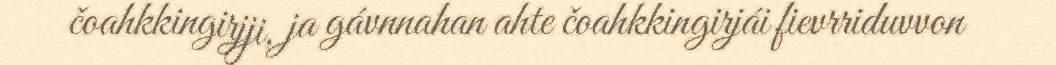
čoahkkingirjji, ja gávnnahan ahte čoahkkingirjái fievrriduvvon